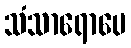
သံသာရောပေ